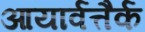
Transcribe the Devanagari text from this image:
आयार्वत्तैर्क